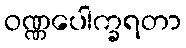
ဝဏ္ဏပေါက္ခရတာ